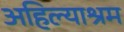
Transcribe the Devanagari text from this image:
अहिल्याश्रम